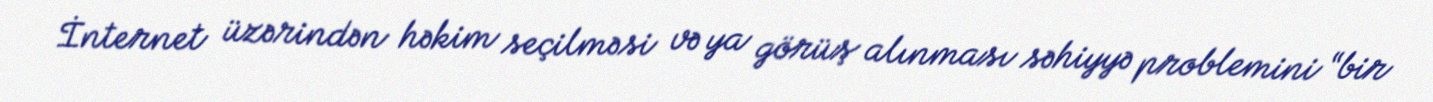
İnternet üzərindən həkim seçilməsi və ya görüş alınması səhiyyə problemini “bir